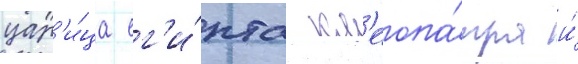
цар'и́ца ег'и́пта кл'еопа́тра и́